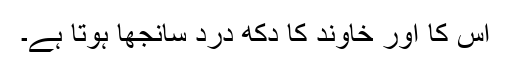
اس کا اور خاوند کا دکھ درد سانجھا ہوتا ہے۔